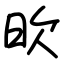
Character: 欥